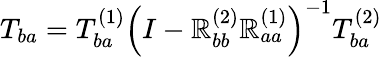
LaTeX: T_{ba}=T_{ba}^{(1)}\left(I-\mathbb{R}_{bb}^{(2)}\mathbb{R}_{aa}^{(1)}\right)^{-1}T_{ba}^{(2)}